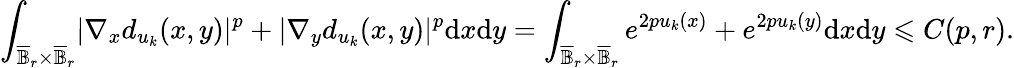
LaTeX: \int_{\overline{\mathbb{B}}_{r}\times\overline{\mathbb{B}}_{r}}\lvert\nabla_{x}d_{u_{k}}(x,y)\rvert^{p}+\lvert\nabla_{y}d_{u_{k}}(x,y)\rvert^{p}\mathrm{d}x\mathrm{d}y=\int_{\overline{\mathbb{B}}_{r}\times\overline{\mathbb{B}}_{r}}e^{2pu_{k}(x)}+e^{2pu_{k}(y)}\mathrm{d}x\mathrm{d}y\leqslant C(p,r).